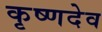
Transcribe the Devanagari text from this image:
कृष्‍णदेव